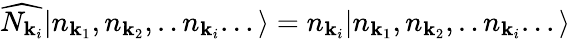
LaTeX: {\widehat{N_{{\mathbf{k}}_{i}}}}|n_{{\mathbf{k}}_{1}},n_{{\mathbf{k}}_{2}},..n_{{\mathbf{k}}_{i}}...\rangle=n_{{\mathbf{k}}_{i}}|n_{{\mathbf{k}}_{1}},n_{{\mathbf{k}}_{2}},..n_{{\mathbf{k}}_{i}}...\rangle